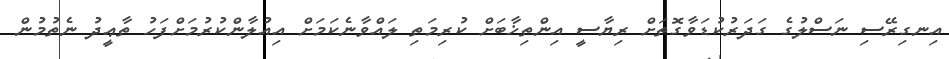
އިނގިރޭސި ނަސްލުގެ ގަދަރުކުޑަވާގޮތަށް ރިޔާސީ އިންތިޚާބަށް ކުރިމަތި ލައްވާނެކަމަށް އިއުލާންކުރުމަށްފަހު ތާޢީދު ނެތުމުން